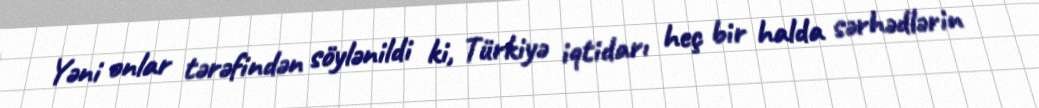
Yəni onlar tərəfindən söylənildi ki, Türkiyə iqtidarı heç bir halda sərhədlərin